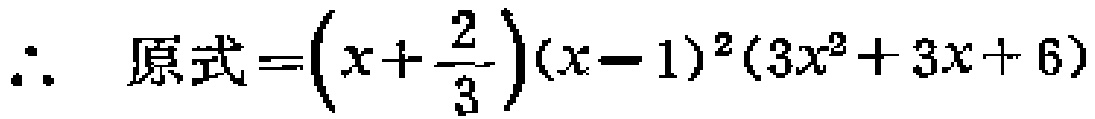
\(\therefore\ 原式=\left(x+\frac{2}{3}\right)(x - 1)^2(3x^2 + 3x + 6)\)